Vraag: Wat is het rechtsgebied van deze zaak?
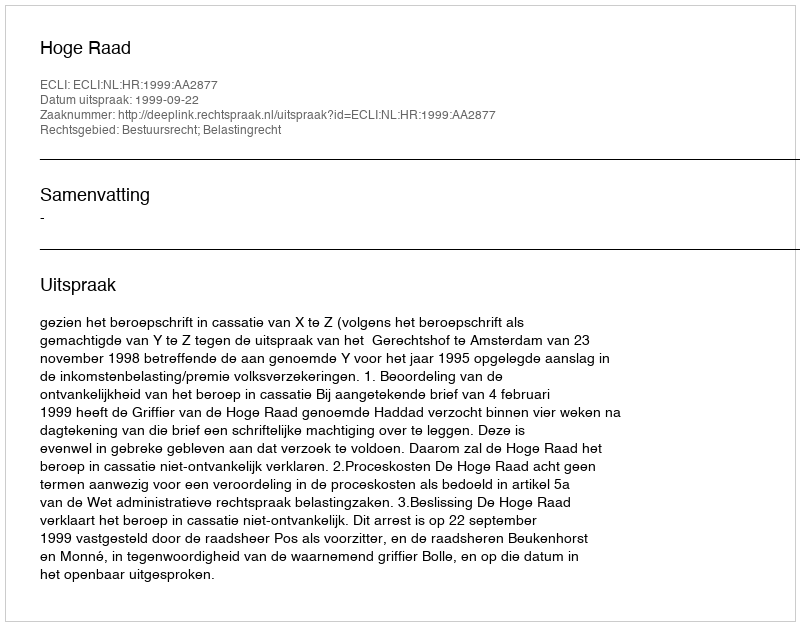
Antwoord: Bestuursrecht; Belastingrecht